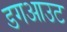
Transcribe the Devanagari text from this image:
डगआउट